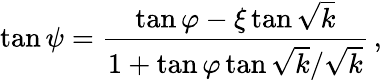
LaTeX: \tan\psi=\frac{\tan\varphi-\xi\tan\sqrt{k}}{1+\tan\varphi\tan\sqrt{k}/\sqrt{k}}\, ,